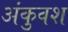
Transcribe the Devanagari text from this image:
अंकुवश